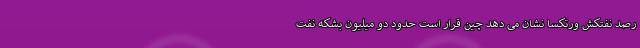
رصد نفتکش ورتکسا نشان می دهد چین قرار است حدود دو میلیون بشکه نفت